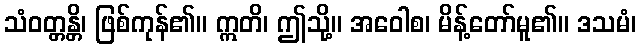
သံဝတ္တန္တိ၊ ဖြစ်ကုန်၏။ ဣတိ၊ ဤသို့။ အဝေါစ၊ မိန့်တော်မူ၏။ ဒသမံ၊